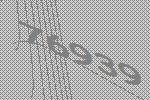
76939